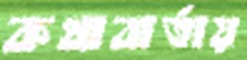
কথাবার্তায়